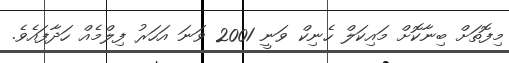
މިފޮތަށް ބިނާކޮށް މައިކަލް ހެނިކް ވަނީ 2001 ވަނަ އަހަރު ފިލްމެއް ހަދާފައެވެ.